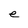
Character: e